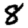
Digit: 8